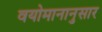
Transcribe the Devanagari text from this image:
वयोमानानुसार